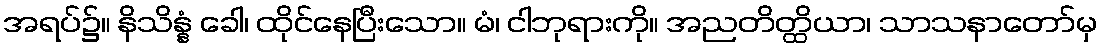
အရပ်၌။ နိသိန္နံ ခေါ၊ ထိုင်နေပြီးသော။ မံ၊ ငါဘုရားကို။ အညတိတ္ထိယာ၊ သာသနာတော်မှ